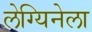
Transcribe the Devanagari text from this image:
लेग्यिनेला